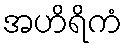
အဟိရိကံ